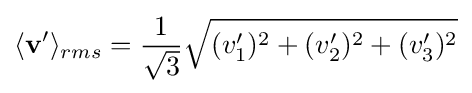
\langle \mathbf {v'} \rangle _{rms}={\frac {1}{\sqrt {3}}}{\sqrt {(v'_{1})^{2}+(v'_{2})^{2}+(v'_{3})^{2}}}